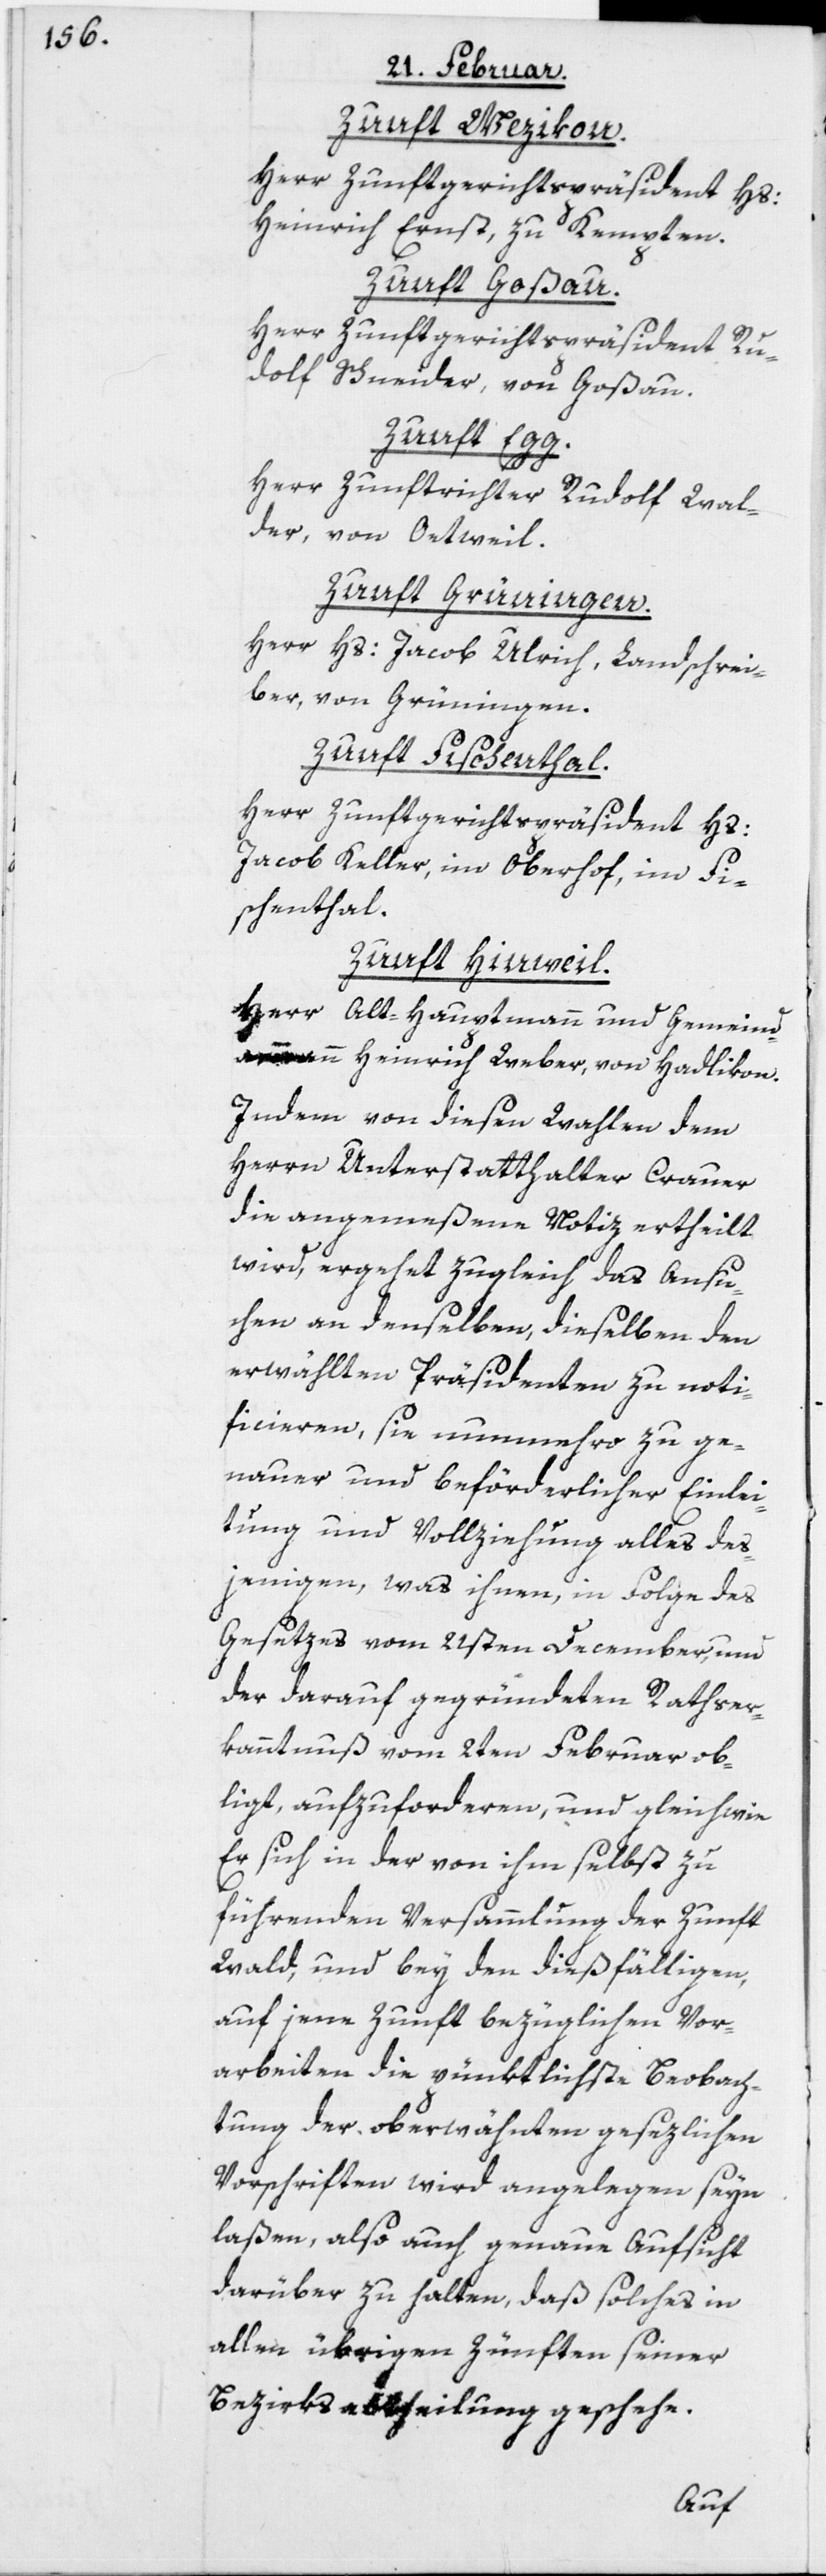
Zunft Wezikon.
Herr Zunftgerichtspräsident Hs:
Heinrich Ernst, zu Kempten.
Zunft Goßau.
Herr Zunftgerichtspräsident Ru¬
dolf Schneider, von Goßau.
Zunft Egg.
Herr Zunftrichter Rudolf Wal¬
der, von Oetweil.
Zunft Grüningen.
Herr Hs: Jacob Ulrich, Landschrei¬
ber, von Grüningen.
Zunft Fischenthal.
Herr Zunftgerichtspräsident Hs:
Jacob Keller, im Oberhof, im Fi¬
schenthal.
Zunft Hinweil.
Herr Alt-Hauptmann und Gemeind¬
ammann Heinrich Weber, von Hadlikon.
Indem von diesen Wahlen dem
Herrn Unterstatthalter Crauer
die angemeßene Notiz ertheilt
wird, ergehet zugleich das Ansu¬
chen an denselben, dieselben den
erwählten Präsidenten zu noti¬
ficieren, sie nunmehro zu ge¬
nauer und beförderlicher Einlei¬
tung und Vollziehung alles des¬
jenigen, was ihnen, in Folge des
Gesetzes vom 21sten December, und
der darauf gegründeten Rathser¬
kanntnuß vom 2ten Februar ob¬
liegt, aufzuforderen, und gleichwie
Er sich in der von ihm selbst zu
führenden Versammlung der Zunft
Wald, und bey den dießfälligen,
auf jene Zunft bezüglichen Vor¬
arbeiten die pünktlichste Beobach¬
tung der obererwähnten gesezlichen
Vorschriften wird angelegen seyn
laßen, also auch genaue Aufsicht
darüber zu halten, daß solches in
allen übrigen Zünften seiner
Bezirksabtheilung geschehe.